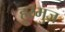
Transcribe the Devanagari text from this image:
हुरमुज़